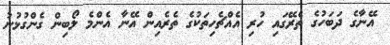
އޭނާގެ ދަބަހުގެ ތެރޭގައި ހުރި އެއްޗެހިތަކުގެ ތެރެއިން އޭނާ އެންމެ ލޯބިން ގެންގުޅުނު